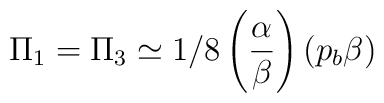
\Pi_1 = \Pi_3 \simeq 1/8 \left( \alpha \over \beta \right) \left( p_b \beta \right)